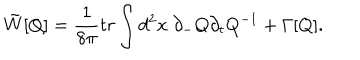
\tilde { W } [ Q ] = \frac { 1 } { 8 \pi } t r \int d ^ { 2 } x ~ \partial _ { - } Q \partial _ { t } Q ^ { - 1 } + \Gamma [ Q ] .